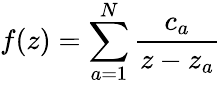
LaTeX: f(z)=\sum_{a=1}^{N}{\frac{c_{a}}{z-z_{a}}}